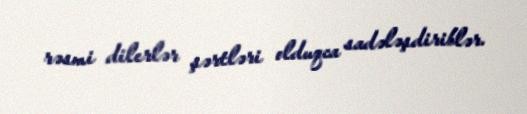
rəsmi dilerlər şərtləri olduqca sadələşdiriblər.